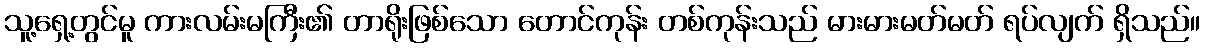
သူ့ရှေ့တွင်မူ ကားလမ်းမကြီး၏ တာရိုးဖြစ်သော တောင်ကုန်း တစ်ကုန်းသည် မားမားမတ်မတ် ရပ်လျက် ရှိသည်။